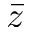
\bar { z }